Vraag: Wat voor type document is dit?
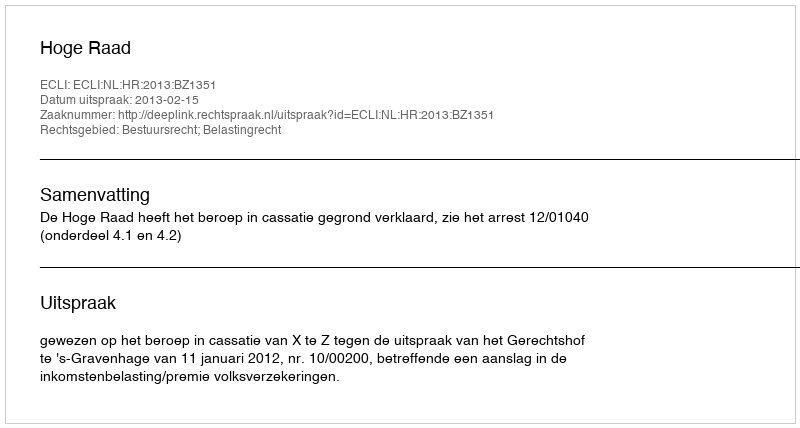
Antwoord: Uitspraak